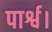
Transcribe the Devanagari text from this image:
पार्श्व।